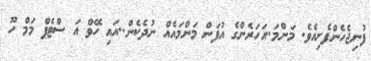
ފުނިޖެހެންފެށިއެވެ. މަންމަ..އަހަރެންގެ އުފަން މަންމައެއް ނުދެކެން..އައި ހޭވް އަ ސްޓެޕް މަމް ހޫ